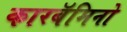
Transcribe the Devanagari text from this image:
कारबॅमिनो